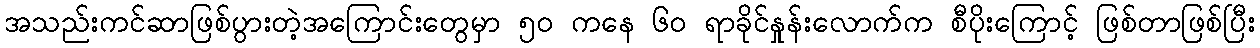
အသည်းကင်ဆာဖြစ်ပွားတဲ့အကြောင်းတွေမှာ ၅၀ ကနေ ၆၀ ရာခိုင်နှုန်းလောက်က စီပိုးကြောင့် ဖြစ်တာဖြစ်ပြီး